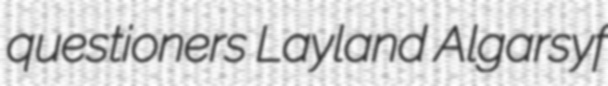
questioners Layland Algarsyf